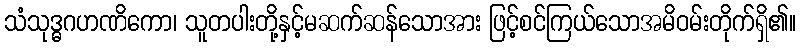
သံသုဒ္ဓဂဟဏိကော၊ သူတပါးတို့နှင့်မဆက်ဆန်သောအား ဖြင့်စင်ကြယ်သောအမိဝမ်းတိုက်ရှိ၏။